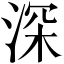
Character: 深